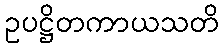
ဥပဋ္ဌိတကာယသတိ